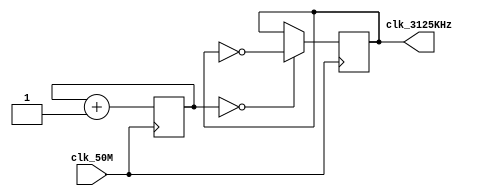
// AstroTinker Bot : Task 1A : Frequency Scaling

/* 
 * Team Id: eYRC#AB#3265
 * Author List: Md Faizan, Saurabh Kumar, Sudhanshu Ranjan, Sumit Saroj
 * Filename: Frequency_Scaling 
 * Theme: Astro Tinker Bot 
 * Functions:Frequency_Scaling 
 * Global Variables: None
 */


//Frequency Scaling
//Inputs : clk_50M
//Output : clk_3125KHz


module Frequency_Scaling (
    input clk_50M,
    output reg clk_3125KHz
);

initial begin
    clk_3125KHz = 0;
end

//////////////////DO NOT MAKE ANY CHANGES ABOVE THIS LINE //////////////////

/*
Add your logic here
*/
reg [2:0] counter =0;
//initial begin  
//#0 clk_3125KHz = 1;
//end
// sensitivity list -> trigger at positive edge of 50MHz clock
always @ (posedge clk_50M) begin
    if (!counter) clk_3125KHz = ~clk_3125KHz; // toggles clock signal
    counter = counter + 1'b1; // increment counter // after 7 it resets to 0
end



//////////////////DO NOT MAKE ANY CHANGES BELOW THIS LINE //////////////////

endmodule